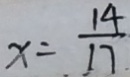
x = \frac { 1 4 } { 1 7 }